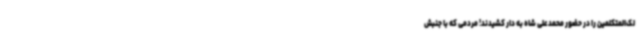
لک‌المتکلمین را در حضور محمدعلی شاه به‌ دار کشیدند! مردمی که با جنبش